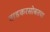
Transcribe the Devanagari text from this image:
वाडकरसोबतचा